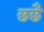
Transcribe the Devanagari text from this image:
छछै